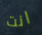
انت